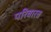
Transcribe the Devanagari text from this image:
परिवारत